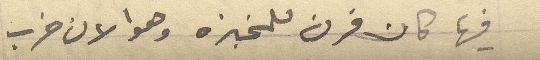
فيها كان فرن للخبزه وهو الآن خرب